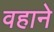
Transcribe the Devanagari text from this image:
वहाने